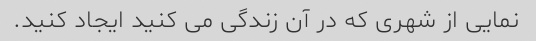
نمایی از شهری که در آن زندگی می کنید ایجاد کنید.